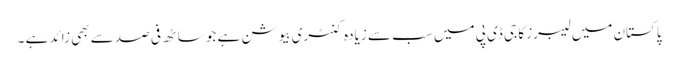
پاکستان میں لیبرز کا جی ڈی پی میں سب سے زیادہ کنٹری بیوشن ہے جو ساٹھ فی صد سے بھی زائد ہے ۔